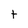
Character: t